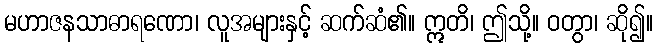
မဟာဇနသာဓာရဏော၊ လူအများနှင့် ဆက်ဆံ၏။ ဣတိ၊ ဤသို့။ ဝတွာ၊ ဆို၍။